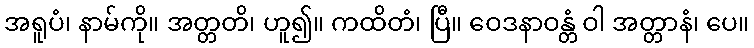
အရူပံ၊ နာမ်ကို။ အတ္တတိ၊ ဟူ၍။ ကထိတံ၊ ပြီ။ ဝေဒနာဝန္တံ ဝါ အတ္တာနံ၊ ပေ။